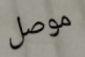
موصل